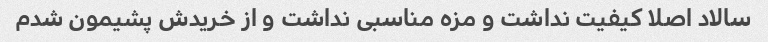
سالاد اصلا کیفیت نداشت و مزه مناسبی نداشت و از خریدش پشیمون شدم